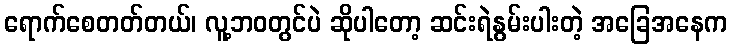
ရောက်စေတတ်တယ်၊ လူ့ဘဝတွင်ပဲ ဆိုပါတော့ ဆင်းရဲနွမ်းပါးတဲ့ အခြေအနေက